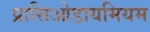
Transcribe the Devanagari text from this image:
प्रासिओडायमियम